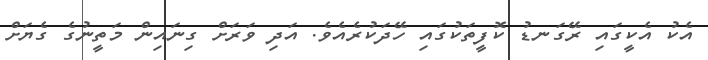
އެކު އެކީގައި ރޭގަނޑު ކޮފީތަކުގައި ހޭދަކުރެއެވެ. އަދި ވަރަށް ގިނައިން މަތީނުގެ ގެޔަށް